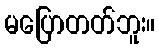
မပြောတတ်ဘူး။